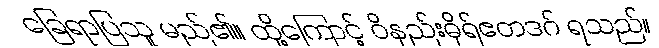
ခြေရာပြသူ မည်၏။ ထို့ကြောင့် ဝိနည်းဓိုရ်ဧတဒဂ် ရသည်။